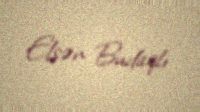
Elşən Budaqlı